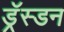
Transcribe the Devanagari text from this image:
ड्रॅस्डन